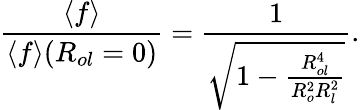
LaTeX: \frac{\langle f\rangle}{\langle f\rangle(R_{ol}=0)}=\frac{1}{\sqrt{1-\frac{R_{ol}^{4}}{R_{o}^{2}R_{l}^{2}}}}.